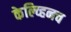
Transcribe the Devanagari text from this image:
केल्व्हिनच